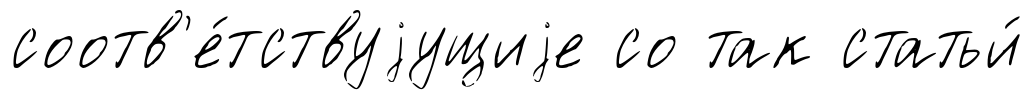
соотв'е́тствуjущиjе со так статьи́